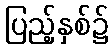
ပြည့်နှစ်၌